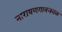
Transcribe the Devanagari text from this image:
नारायणगावजवळ